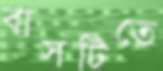
বাসটিতে